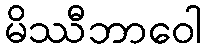
မိဿီဘာဝေါ